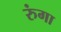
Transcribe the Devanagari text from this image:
रुंगा